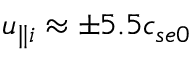
u _ { \parallel i } \approx \pm 5 . 5 c _ { s e 0 }